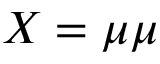
X = \mu \mu